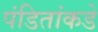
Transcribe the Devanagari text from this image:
पंडितांकडे